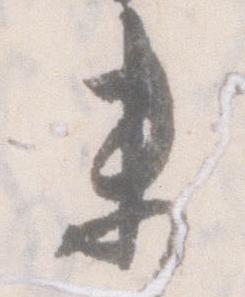
未